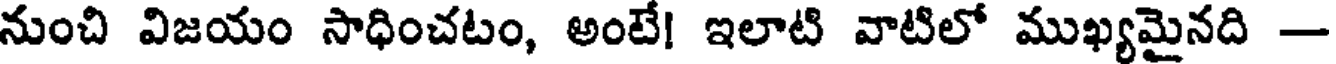
నుంచి విజయం సాధించటం, అంటే! ఇలాటి వాటిలో ముఖ్యమైనది -